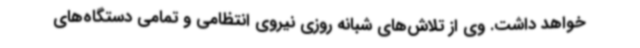
خواهد داشت. وی از تلاش‌های شبانه روزی نیروی انتظامی و تمامی دستگاه‌های